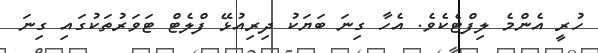
ހުރީ އެންމެ ލިފްޓެކެވެ. އެހާ ގިނަ ބަޔަކު ދިރިއުޅޭ ފްލެޓް ޓަވަރުތަކުގައި ގިނަ